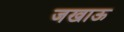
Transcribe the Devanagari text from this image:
जखाऊ